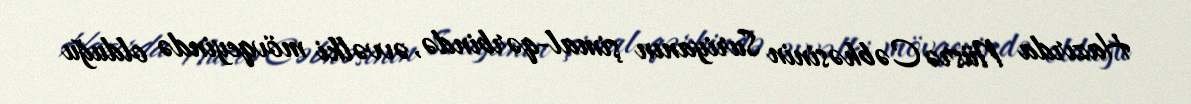
Hazırda Nüsrə Cəbhəsinin Suriyanın şimal-qərbində, əvvəlki mövqeyində olduğu